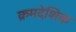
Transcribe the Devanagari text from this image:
क्रमदेशिक